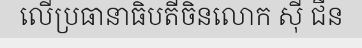
លើប្រធានាធិបតីចិនលោក ស៊ី ជីន